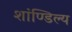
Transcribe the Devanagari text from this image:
शांण्डिल्य